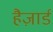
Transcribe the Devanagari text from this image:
हैज़ार्ड